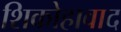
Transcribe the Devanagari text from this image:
शिकोहावाद